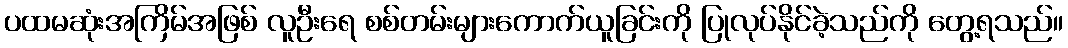
ပထမဆုံးအကြိမ်အဖြစ် လူဦးရေ စစ်တမ်းများကောက်ယူခြင်းကို ပြုလုပ်နိုင်ခဲ့သည်ကို တွေ့ရသည်။